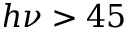
h \nu > 4 5